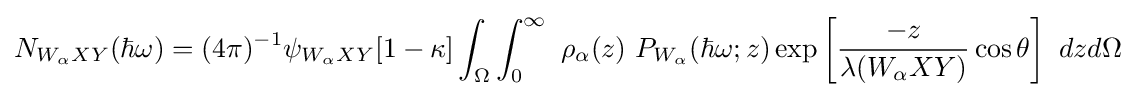
N_{W_{\alpha }XY}(\hbar \omega )=(4\pi )^{-1}\psi _{W_{\alpha }XY}[1-\kappa ]\int _{\Omega }\int _{0}^{\infty }\ \rho _{\alpha }(z)\,\,P_{W_{\alpha }}(\hbar \omega ;z)\exp \left[{\frac {-z}{\lambda (W_{\alpha }XY)}}\cos \theta \right]\ dzd\Omega